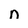
Character: n